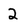
Character: 2